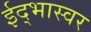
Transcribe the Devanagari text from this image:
ईद्भास्वर